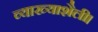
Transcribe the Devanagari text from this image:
व्याख्याशैली।